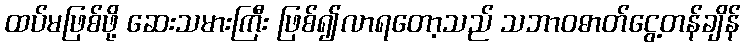
ထပ်မဖြစ်ဖို့ ဆေးသမားကြီး ဖြစ်၍လာရတော့သည် သဘာဝဓာတ်ငွေ့တန်ချိန်